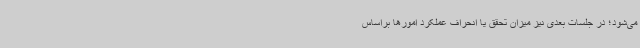
می‌شود؛ در جلسات بعدی نیز میزان تحقق یا انحراف عملکرد امورها براساس